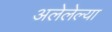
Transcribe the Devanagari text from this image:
अलेलेल्या